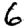
Digit: 6